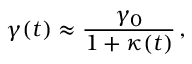
\gamma ( t ) \approx \frac { \gamma _ { 0 } } { 1 + \kappa ( t ) } \, ,